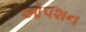
ઓપશન